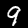
Digit: 9